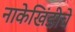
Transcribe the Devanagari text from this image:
नाकेखिंडीचे